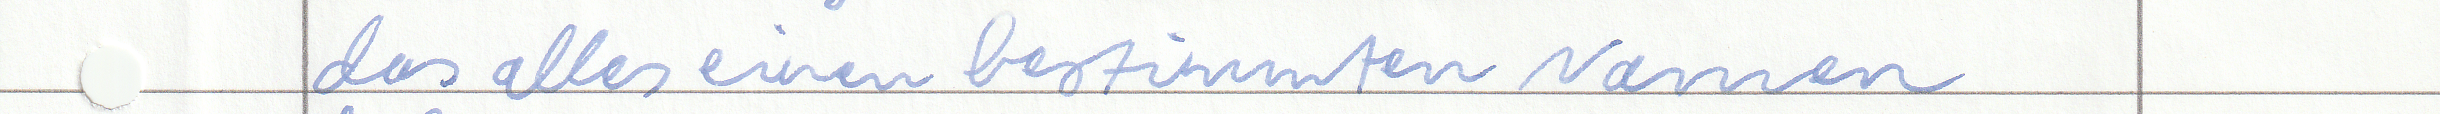
das alles einen bestimmten Namen